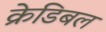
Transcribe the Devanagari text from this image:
क्रेडिबल